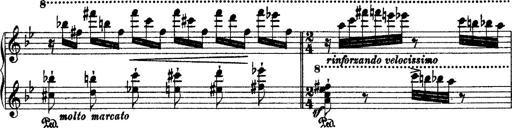
Title: 2 KonzertetÃ¼den
Composer: Franz Liszt